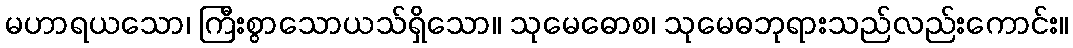
မဟာရယသော၊ ကြီးစွာသောယသ်ရှိသော။ သုမေဓောစ၊ သုမေဓဘုရားသည်လည်းကောင်း။